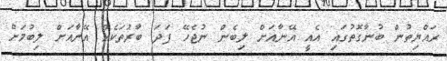
ރައްޔިތުން ބުނާގޮތުގައި އެއީ އޭނާއަށް ލިބެން ނުޖެހޭ ފަދަ ބާރުތަކެއް އޭނާއަށް ލިބުމަށް